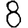
Digit: 8